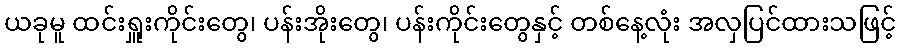
ယခုမူ ထင်းရှူးကိုင်းတွေ၊ ပန်းအိုးတွေ၊ ပန်းကိုင်းတွေနှင့် တစ်နေ့လုံး အလှပြင်ထားသဖြင့်